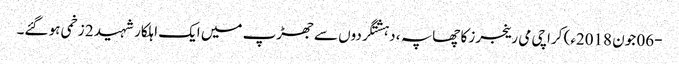
-06 جون 2018ء) کراچی می رینجرز کا چھاپہ ، دہشتگردوں سے جھڑپ میں ایک اہلکار شہید 2 زخمی ہو گئے۔